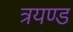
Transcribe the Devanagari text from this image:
त्रयण्ड